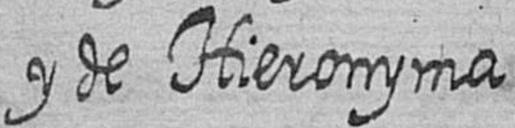
y de Hieronyma